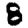
Digit: 8